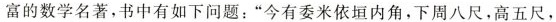
富的数学名著，书中有如下问题：”今有委米依垣内角，下周八尺，高五尺，